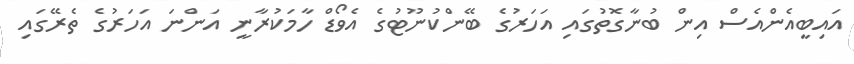
އައިބީއެންއެސް އިން ބުނާގޮތުގައި އަހަރުގެ ބޭންކުނޫޓުގެ އެވޯޑް ހާމަކުރާނީ އަންނަ އަހަރުގެ ތެރޭގައި